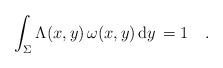
LaTeX: \begin{align*} \int_{\Sigma}\Lambda(x,y)\,\omega(x,y)\, {\mathrm{d}} y \,=1 \quad. \end{align*}